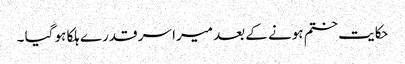
حکایت ختم ہونے کے بعد میرا سر قدرے ہلکا ہو گیا ۔